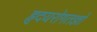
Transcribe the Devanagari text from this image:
हृदयरोगतज्ञों